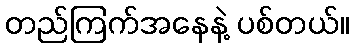
တည်ကြက်အနေနဲ့ ပစ်တယ်။